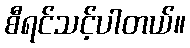
စီရင်သင့်ပါတယ်။